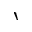
\backprime